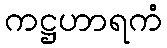
ကဋ္ဌဟာရကံ